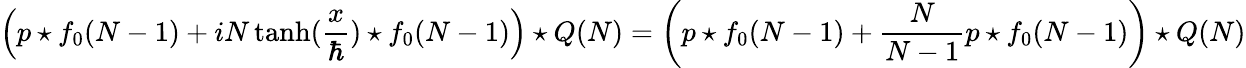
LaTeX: \left(p\star f_{0}(N-1)+iN\operatorname{tanh}({\frac{x}{\hbar}})\star f_{0}(N-1)\right)\star Q(N)=\left(p\star f_{0}(N-1)+{\frac{N}{N-1}}p\star f_{0}(N-1)\right)\star Q(N)